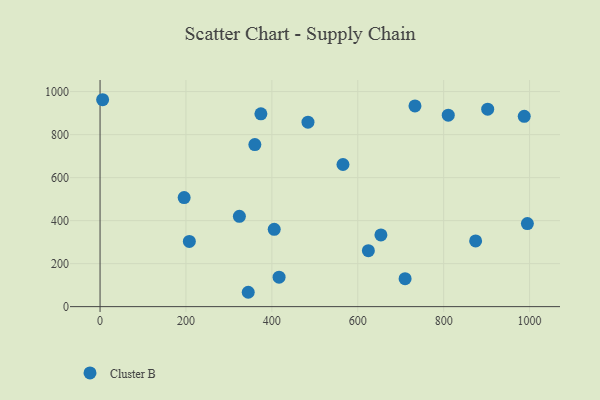
{"axis": {"x": "Investment", "y": "Profit"}, "legend": ["Cluster B"], "data": [{"x": "6.0", "y": 962.2, "type": "Cluster B"}, {"x": "810.7", "y": 890.4, "type": "Cluster B"}, {"x": "710.2", "y": 130.0, "type": "Cluster B"}, {"x": "374.5", "y": 896.7, "type": "Cluster B"}, {"x": "405.5", "y": 359.6, "type": "Cluster B"}, {"x": "874.4", "y": 305.6, "type": "Cluster B"}, {"x": "994.9", "y": 386.4, "type": "Cluster B"}, {"x": "733.2", "y": 933.3, "type": "Cluster B"}, {"x": "565.6", "y": 661.0, "type": "Cluster B"}, {"x": "653.9", "y": 333.5, "type": "Cluster B"}, {"x": "324.4", "y": 419.9, "type": "Cluster B"}, {"x": "360.4", "y": 753.8, "type": "Cluster B"}, {"x": "345.0", "y": 66.8, "type": "Cluster B"}, {"x": "484.1", "y": 857.8, "type": "Cluster B"}, {"x": "624.7", "y": 260.3, "type": "Cluster B"}, {"x": "902.5", "y": 918.1, "type": "Cluster B"}, {"x": "195.8", "y": 507.1, "type": "Cluster B"}, {"x": "207.9", "y": 303.4, "type": "Cluster B"}, {"x": "416.8", "y": 137.2, "type": "Cluster B"}, {"x": "987.6", "y": 885.2, "type": "Cluster B"}]}